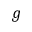
g